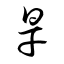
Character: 旱